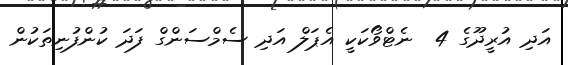
އަދި އުރީދޫގެ 4  ނެޓްވޯކަކީ އެޕަލް އަދި ސެމްސަންގް ފަދަ ކުންފުނިތަކުން